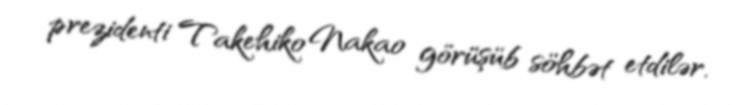
prezidenti Takehiko Nakao görüşüb söhbət etdilər.